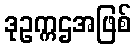
ဒုဥက္ကဌအဖြစ်